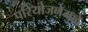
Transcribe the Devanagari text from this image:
परियोजनेमुळे